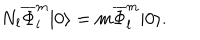
N _ { l } \overline { { { \Phi } } } _ { l } ^ { m } | 0 \rangle = m \overline { { { \Phi } } } _ { l } ^ { m } | 0 \rangle .